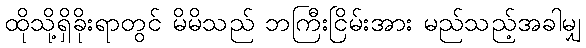
ထိုသို့ရှိခိုးရာတွင် မိမိသည် ဘကြီးငြိမ်းအား မည်သည့်အခါမျှ